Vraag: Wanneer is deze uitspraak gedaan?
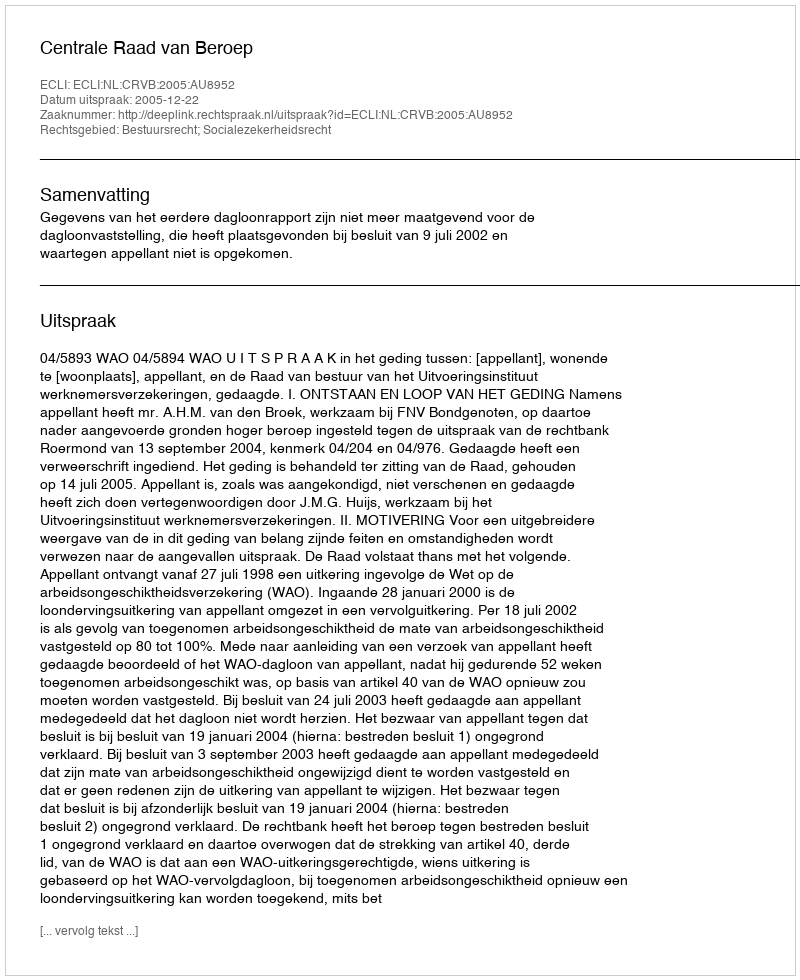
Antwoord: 2005-12-22